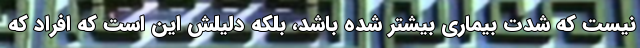
نیست که شدت بیماری بیشتر شده باشد، بلکه دلیلش این است که افراد که